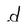
Character: d